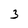
Character: 3